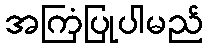
အကြံပြုပါမည်